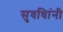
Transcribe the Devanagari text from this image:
सुवधिांनी